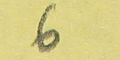
6